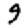
Digit: 9